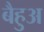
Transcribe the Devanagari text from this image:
बैहुअ